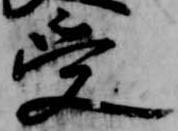
受